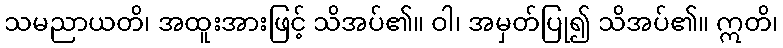
သမညာယတိ၊ အထူးအားဖြင့် သိအပ်၏။ ဝါ၊ အမှတ်ပြု၍ သိအပ်၏။ ဣတိ၊